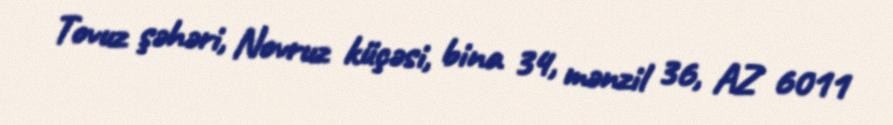
Tovuz şəhəri, Novruz küçəsi, bina 34, mənzil 36, AZ 6011